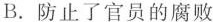
B. 防止了官员的腐败